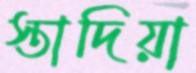
স্তাদিয়া